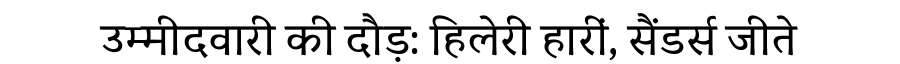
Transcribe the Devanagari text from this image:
उम्मीदवारी की दौड़: हिलेरी हारीं, सैंडर्स जीते